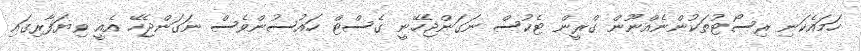
ހަމައެކަނި ރިސޯޓުތަކުންނެއްނޫން ގްރީން ޓެކުސް ނަގަންޖެހޭނީ ގެސްޓް ހައުސުންވެސް ނަގަންޖެހޭ އެއީ ވިޔަފާރިގައި